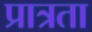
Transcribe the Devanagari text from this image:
प्रात्रता